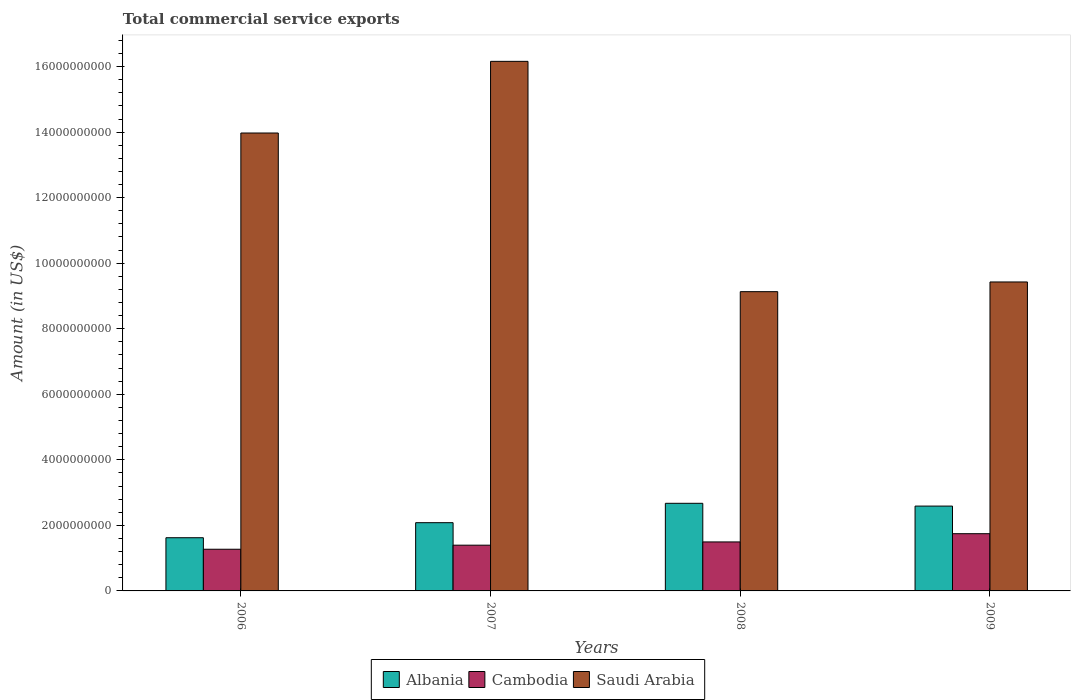
| Years | Albania | Cambodia | Saudi Arabia |
 | --- | --- | --- | --- |
 | 2006 | 1.62e+09 | 1.27e+09 | 1.4e+10 |
 | 2007 | 2.08e+09 | 1.4e+09 | 1.62e+10 |
 | 2008 | 2.67e+09 | 1.49e+09 | 9.13e+09 |
 | 2009 | 2.59e+09 | 1.75e+09 | 9.43e+09 |